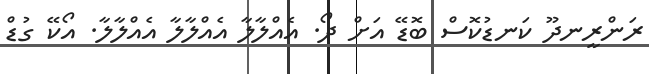
ރަންރީނދޫ ކަނޑުކޮސް ބޮޑޭ އަށް ދޯ. އެއްލާލާ އެއްލާލާ އެއްލާލާ. އޯކޭ ގުޑް